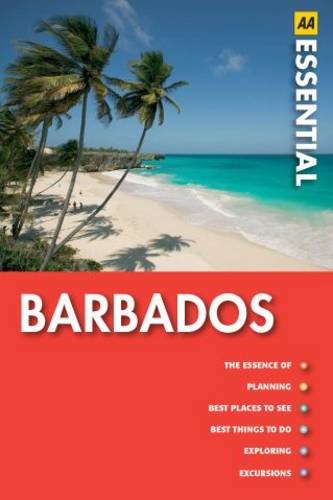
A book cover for Barbados (AA Essential Guide); Stow; Travel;